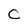
Character: C